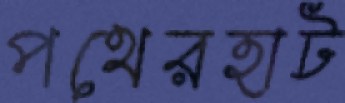
পথেরহাট